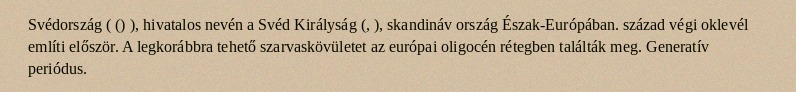
Svédország ( () ), hivatalos nevén a Svéd Királyság (, ), skandináv ország Észak-Európában. század végi oklevél említi először. A legkorábbra tehető szarvaskövületet az európai oligocén rétegben találták meg. Generatív periódus.